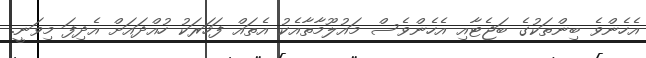
އެހެންވެ ބިންތަކުގެ ބަޖެޓާއި އެހެންވެސް މައުލޫމާތާއެކު އެތައް ފަހަރަކު ހުއްދައަށް އެދިފަ މިވަނީ.